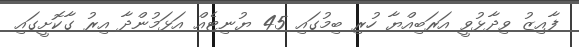
ފާއިޒު ވިދާޅުވީ އަރަބިއްޔާ ހުރި ބިމުގައި 45 ޔުނިޓެއް އަޅަމުންދާ އިރު ގާކޮށީގައި